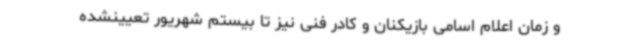
و زمان اعلام اسامی بازیکنان و کادر فنی نیز تا بیستم شهریور تعیینشده